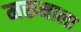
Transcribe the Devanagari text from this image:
मरूमाला